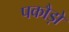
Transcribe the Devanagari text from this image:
पकौड़ों